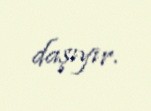
daşıyır.